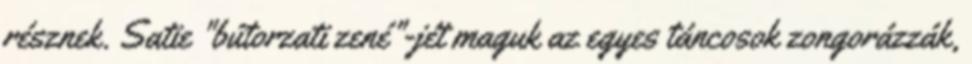
résznek. Satie "bútorzati zené"-jét maguk az egyes táncosok zongorázzák,